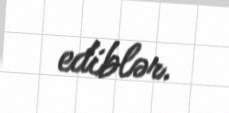
ediblər.